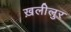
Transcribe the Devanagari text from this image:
ख़लीलुर